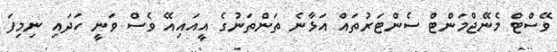
ވޭސްޓް މެނޭޖްމަންޓް ސެންޓަރުތައް އަޅާނެ ތަންތަނުގެ އީއައިއޭ ވެސް ވަނީ ހަދައި ނިމިފަ